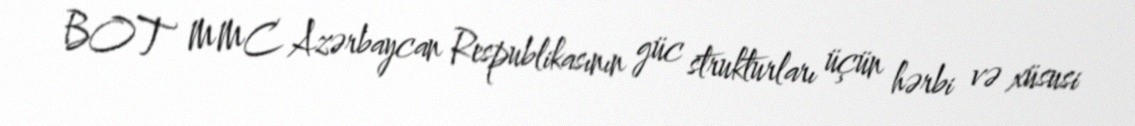
BOT MMC Azərbaycan Respublikasının güc strukturları üçün hərbi və xüsusi